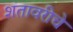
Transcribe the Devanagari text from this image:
शतावरीचे